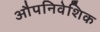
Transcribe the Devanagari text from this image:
औपनिवेशिक